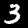
Digit: 3